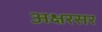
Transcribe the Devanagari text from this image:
अक्षरसर